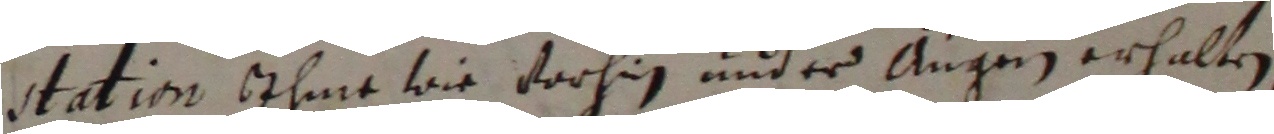
station ihme wie vorhin und er angenn erhalten